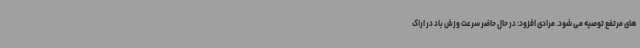
های مرتفع توصیه می شود. مرادی افزود: در حال حاضر سرعت وزش باد در اراک